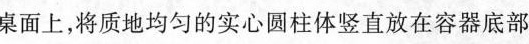
桌面上，将质地均匀的实心圆柱体竖直放在容器底部，